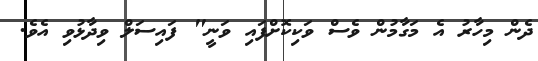
ދެން މިހާރު އެ މަގާމުން ވެސް ވަކިކޮށްފައި ވަނީ" ފައިިސަލް ވިދާޅުވި އެވެ.